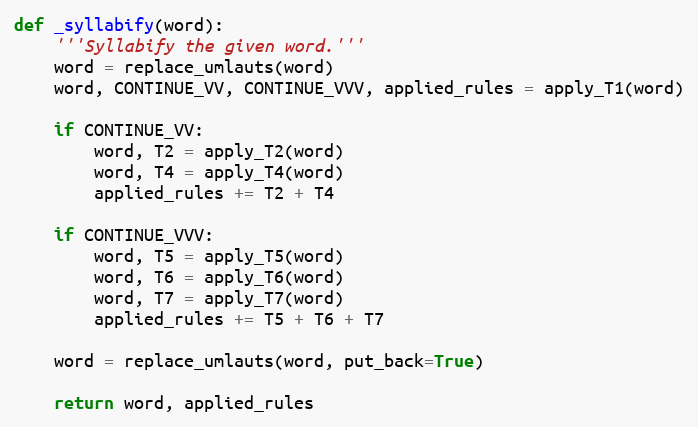
Language: Python
def _syllabify(word):
    '''Syllabify the given word.'''
    word = replace_umlauts(word)
    word, CONTINUE_VV, CONTINUE_VVV, applied_rules = apply_T1(word)

    if CONTINUE_VV:
        word, T2 = apply_T2(word)
        word, T4 = apply_T4(word)
        applied_rules += T2 + T4

    if CONTINUE_VVV:
        word, T5 = apply_T5(word)
        word, T6 = apply_T6(word)
        word, T7 = apply_T7(word)
        applied_rules += T5 + T6 + T7

    word = replace_umlauts(word, put_back=True)

    return word, applied_rules